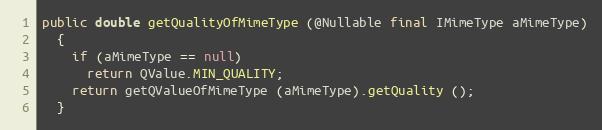
Language: Java
public double getQualityOfMimeType (@Nullable final IMimeType aMimeType)
  {
    if (aMimeType == null)
      return QValue.MIN_QUALITY;
    return getQValueOfMimeType (aMimeType).getQuality ();
  }